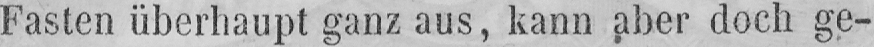
Fasten überhaupt ganz aus, kann aber doch ge-